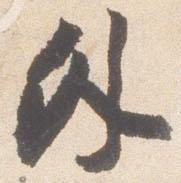
外